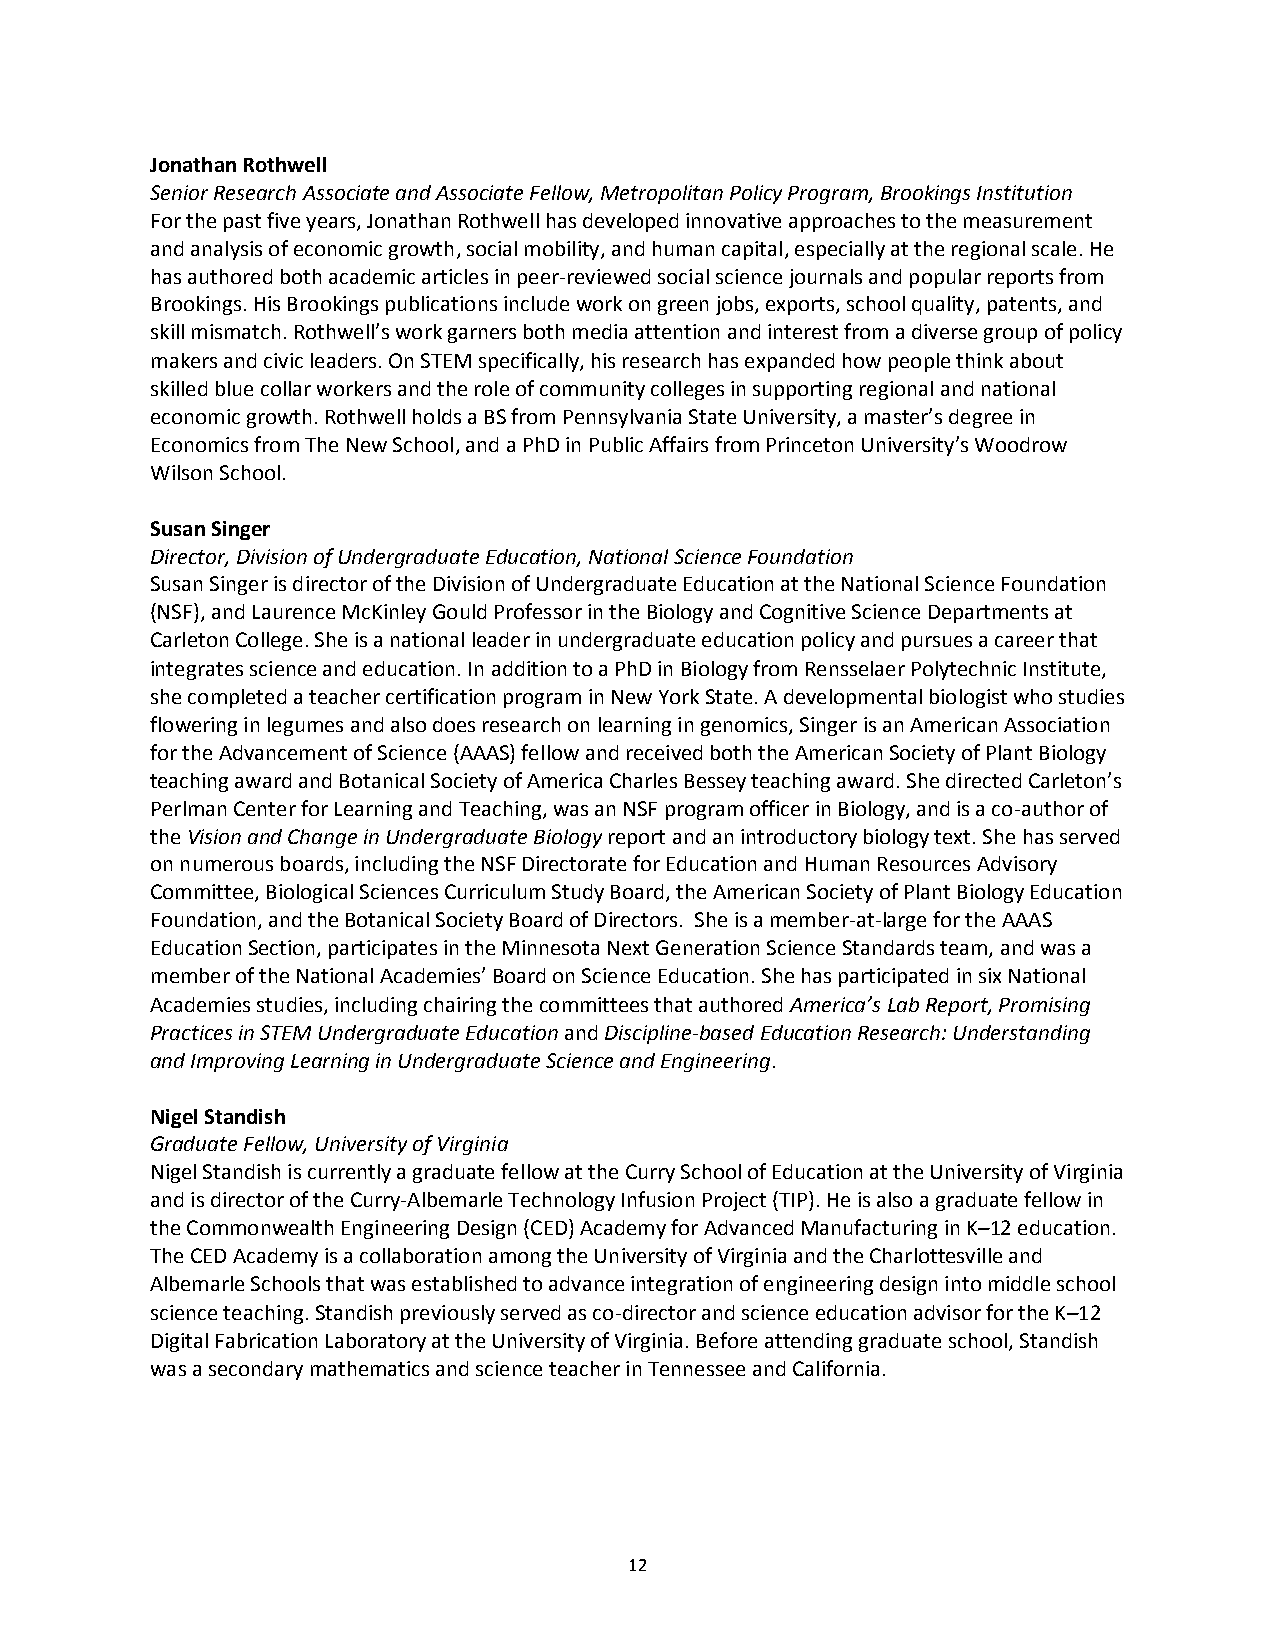
Jonathan Rothwell
 Senior Research Associate and Associate Fellow, Metropolitan Policy Program, Brookings Institution
 For the past five years, Jonathan Rothwell has developed innovative approaches to the measurement
 and analysis of economic growth, social mobility, and human capital, especially at the regional scale. He
 has authored both academic articles in peer-reviewed social science journals and popular reports from
 Brookings. His Brookings publications include work on green jobs, exports, school quality, patents, and
 skill mismatch. Rothwell’s work garners both media attention and interest from a diverse group of policy
 makers and civic leaders. On STEM specifically, his research has expanded how people think about
 skilled blue collar workers and the role of community colleges in supporting regional and national
 economic growth. Rothwell holds a BS from Pennsylvania State University, a master’s degree in
 Economics from The New School, and a PhD in Public Affairs from Princeton University’s Woodrow
 Wilson School.
 Susan Singer
 Director, Division of Undergraduate Education, National Science Foundation
 Susan Singer is director of the Division of Undergraduate Education at the National Science Foundation
 (NSF), and Laurence McKinley Gould Professor in the Biology and Cognitive Science Departments at
 Carleton College. She is a national leader in undergraduate education policy and pursues a career that
 integrates science and education. In addition to a PhD in Biology from Rensselaer Polytechnic Institute,
 she completed a teacher certification program in New York State. A developmental biologist who studies
 flowering in legumes and also does research on learning in genomics, Singer is an American Association
 for the Advancement of Science (AAAS) fellow and received both the American Society of Plant Biology
 teaching award and Botanical Society of America Charles Bessey teaching award. She directed Carleton’s
 Perlman Center for Learning and Teaching, was an NSF program officer in Biology, and is a co-author of
 the Vision and Change in Undergraduate Biology report and an introductory biology text. She has served
 on numerous boards, including the NSF Directorate for Education and Human Resources Advisory
 Committee, Biological Sciences Curriculum Study Board, the American Society of Plant Biology Education
 Foundation, and the Botanical Society Board of Directors. She is a member-at-large for the AAAS
 Education Section, participates in the Minnesota Next Generation Science Standards team, and was a
 member of the National Academies’ Board on Science Education. She has participated in six National
 Academies studies, including chairing the committees that authored America’s Lab Report, Promising
 Practices in STEM Undergraduate Education and Discipline-based Education Research: Understanding
 and Improving Learning in Undergraduate Science and Engineering.
 Nigel Standish
 Graduate Fellow, University of Virginia
 Nigel Standish is currently a graduate fellow at the Curry School of Education at the University of Virginia
 and is director of the Curry-Albemarle Technology Infusion Project (TIP). He is also a graduate fellow in
 the Commonwealth Engineering Design (CED) Academy for Advanced Manufacturing in K–12 education.
 The CED Academy is a collaboration among the University of Virginia and the Charlottesville and
 Albemarle Schools that was established to advance integration of engineering design into middle school
 science teaching. Standish previously served as co-director and science education advisor for the K–12
 Digital Fabrication Laboratory at the University of Virginia. Before attending graduate school, Standish
 was a secondary mathematics and science teacher in Tennessee and California.
 12